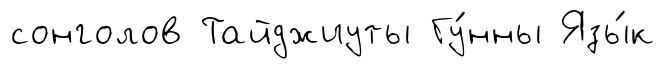
сонголов Тайджиуты Гу́нны Язы́к